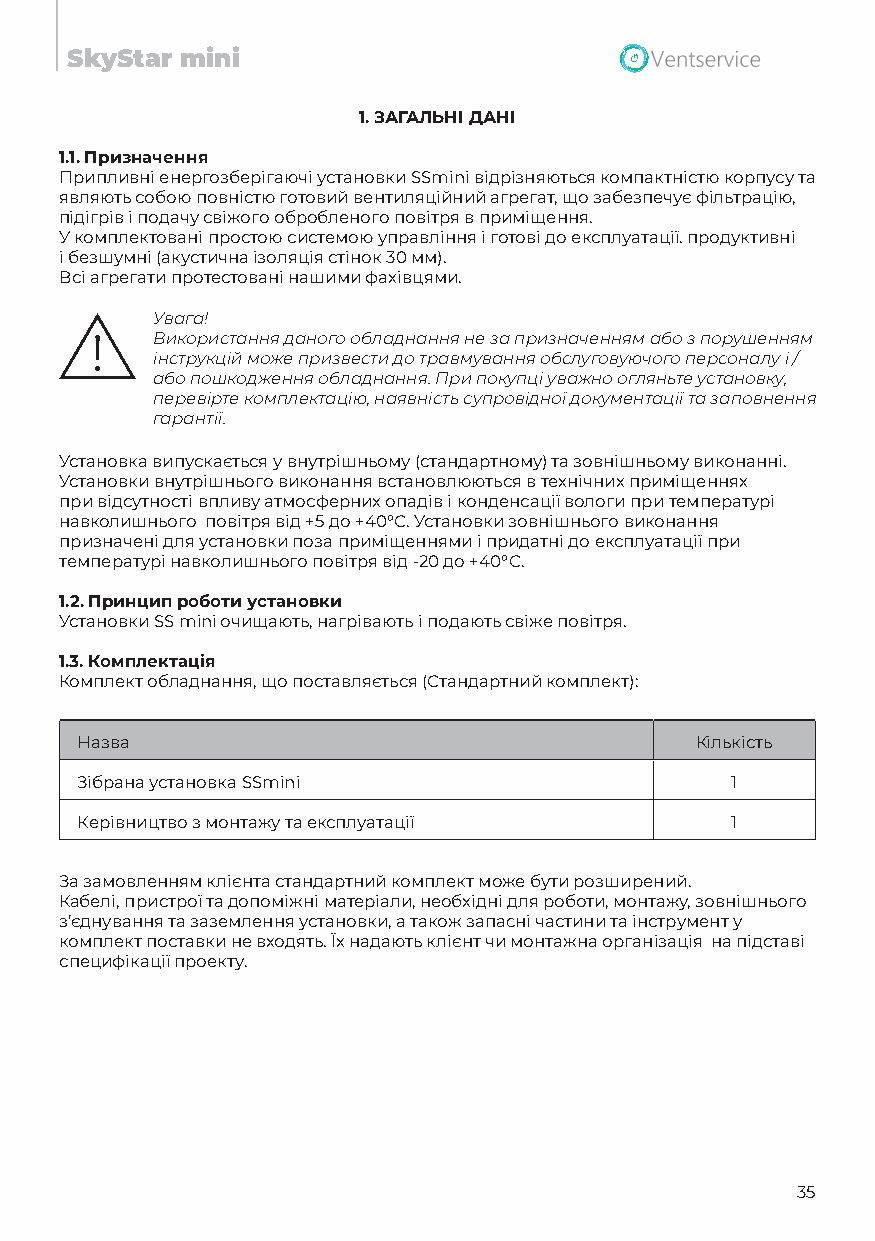
SkyStar mini
 1.ЗАГАЛЬНІ ДАНІ
 1.1. Призначення
 Припливні енергозберігаючі установки SSmini відрізняються компактністю корпусу та
 являють собою повністю готовий вентиляційний агрегат, що забезпечує фільтрацію,
 підігрів і подачу свіжого обробленого повітря в приміщення.
 У комплектовані простою системою управління і готові до експлуатації. продуктивні
 і безшумні (акустична ізоляція стінок 30 мм).
 Всі агрегати протестовані нашими фахівцями.
 Увага!
 Використання даного обладнання не за призначенням або з порушенням
 інструкцій може призвести до травмування обслуговуючого персоналу і /
 або пошкодження обладнання. При покупці уважно огляньте установку,
 перевірте комплектацію, наявність супровідної документації та заповнення
 гарантії.
 Установка випускається у внутрішньому (стандартному) та зовнішньому виконанні.
 Установки внутрішнього виконання встановлюються в технічних приміщеннях
 при відсутності впливу атмосферних опадів і конденсації вологи при температурі
 навколишнього повітря від +5 до +40°С. Установки зовнішнього виконання
 призначені для установки поза приміщеннями і придатні до експлуатації при
 температурі навколишнього повітря від -20 до +40°С.
 1.2. Принцип роботи установки
 Установки SS mini очищають, нагрівають і подають свіже повітря.
 1.3. Комплектація
 Комплект обладнання, що поставляється (Стандартний комплект):
 Назва                                    Кількість
 Зібрана установка SSmini                   1
 Керівництво з монтажу та експлуатації      1
 За замовленням клієнта стандартний комплект може бути розширений.
 Кабелі, пристрої та допоміжні матеріали, необхідні для роботи, монтажу, зовнішнього
 з’єднування та заземлення установки, а також запаcні частини та інструмент у
 комплект поставки не входять. Їх надають клієнт чи монтажна організація на підставі
 специфікації проекту.
 35